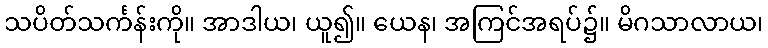
သပိတ်သင်္ကန်းကို။ အာဒါယ၊ ယူ၍။ ယေန၊ အကြင်အရပ်၌။ မိဂသာလာယ၊